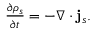
\begin{array} { r } { \frac { \partial \rho _ { s } } { \partial t } = - \nabla \cdot \mathbf { j } _ { s } . } \end{array}